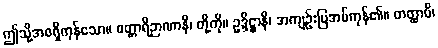
ဤသို့အစရှိကုန်သော။ စတ္တာရိဉာဏာနိ၊ တို့ကို။ ဥဒ္ဒိဋ္ဌာနိ၊ အကျဉ်းပြအပ်ကုန်၏။ တတ္ထာပိ၊